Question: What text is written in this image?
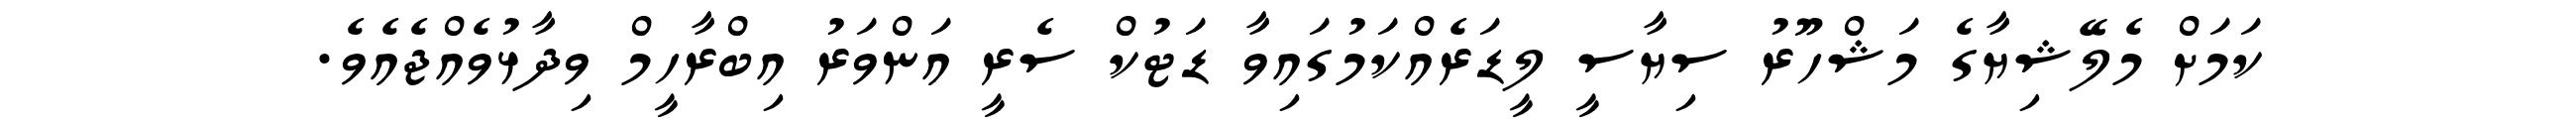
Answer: ކަމަށް މެލޭޝިޔާގެ މަޝްހޫރު ސިޔާސީ ލީޑަރެއްކަމުގައިވާ ޑަޓުކް ސެރީ އަންވަރު އިބްރާހީމް ވިދާޅުވެއްޖެއެވެ.